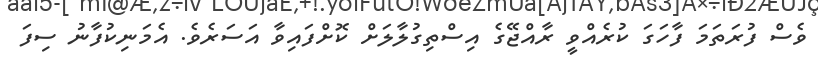
ވެސް ފުރަތަމަ ފާހަގަ ކުރެއްވީ ރާއްޖޭގެ އިސްތިގުލާލަށް ކޮށްފައިވާ އަސަރެވެ. އެމަނިކުފާނު ސިފަ